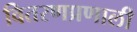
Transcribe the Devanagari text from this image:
वितरणप्रणाली